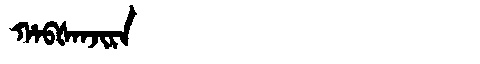
Manchu: ᡥᠠᠪᡧᠠᠨᠵᡳᡵᠠ
Romanization: HABŠANJIRA